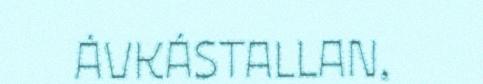
ÁVKÁSTALLAN,